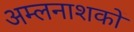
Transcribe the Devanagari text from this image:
अम्लनाशकों